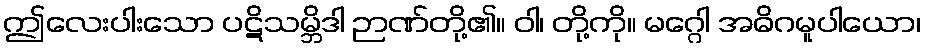
ဤလေးပါးသော ပဋိသမ္ဘိဒါ ဉာဏ်တို့၏။ ဝါ၊ တို့ကို။ မဂ္ဂေါ အဓိဂမူပါယော၊